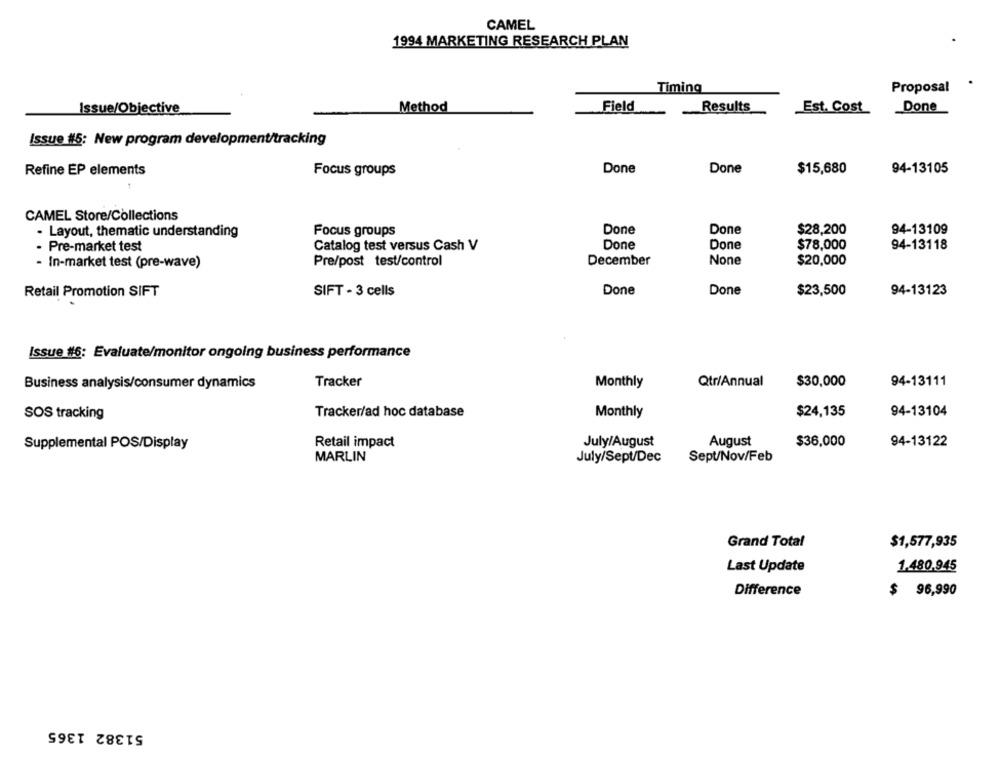
CAMEL
1994 MARKETING RESEARCH PLAN
Timing
Proposal
Issue/Objective
Method
Field
Results
Est. Cost
Done
Issue #5: New program development/tracking
Refine EP elements
Focus groups
Done
Done
$15,680
94-13105
CAMEL Store/Collections
- Layout, thematic understanding
Focus groups
Done
Done
$28,200
94-13109
· Pre-market test
Catalog test versus Cash V
Done
Done
$78,000
94-13118
- In-market test (pre-wave)
Pre/post test/control
December
$20,000
Retail Promotion SIFT
SIFT - 3 cells
Done
Done
$23,500
94-13123
Issue #6: Evaluate/monitor ongoing business performance
Business analysis/consumer dynamics
Tracker
Monthly
Qtr/Annual
$30,000
94-13111
SOS tracking
Tracker/ad hoc database
Monthly
$24,135
94-13104
Supplemental POS/Display
Retail impact
July/August
August
$36,000
94-13122
MARLIN
July/Sept/Dec
Sept/Nov/Feb
Grand Total
$1,577,935
Last Update
1.480.945
Difference
$ 96,990
51382 1365